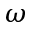
\omega